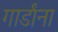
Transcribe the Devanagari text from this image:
गार्डांना